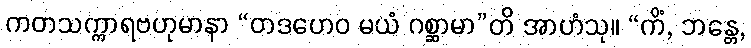
ကတသက္ကာရဗဟုမာနာ “တဒဟေဝ မယံ ဂစ္ဆာမာ”တိ အာဟံသု။ “ကိံ, ဘန္တေ,